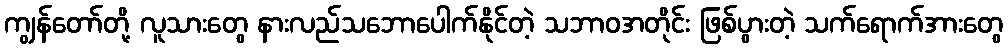
ကျွန်တော်တို့ လူသားတွေ နားလည်သဘောပေါက်နိုင်တဲ့ သဘာဝအတိုင်း ဖြစ်ပွားတဲ့ သက်ရောက်အားတွေ